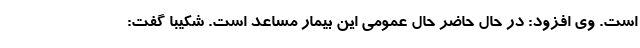
است. وی افزود: در حال حاضر حال عمومی این بیمار مساعد است. شکیبا گفت: